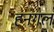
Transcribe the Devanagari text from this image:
हनगल